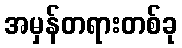
အမှန်တရားတစ်ခု